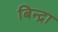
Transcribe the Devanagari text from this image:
बिन्द्रा